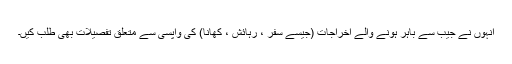
انہوں نے جیب سے باہر ہونے والے اخراجات (جیسے سفر ، رہائش ، کھانا) کی واپسی سے متعلق تفصیلات بھی طلب کیں۔